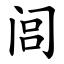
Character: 闾